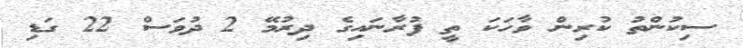
ސިކުންތު ކުރިން ވާހަކަ ތީ ފުރާނައިގެ ދިރުމޭ 2 ދުވަސް 22 ގަޑި